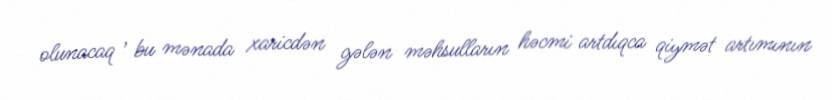
olunacaq , bu mənada xaricdən gələn məhsulların həcmi artdıqca qiymət artımının